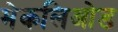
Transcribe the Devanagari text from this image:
मेकलिओड